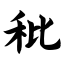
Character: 秕